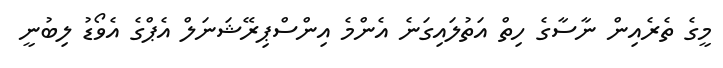
މީގެ ތެރެއިން ނާސާގެ ހިތް އަތުލައިގަނެ އެންމެ އިންސްޕިރޭޝަނަލް އެޕްގެ އެވޯޑު ލިބުނީ